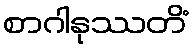
စာဂါနုဿတိံ